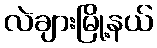
လဲချားမြို့နယ်